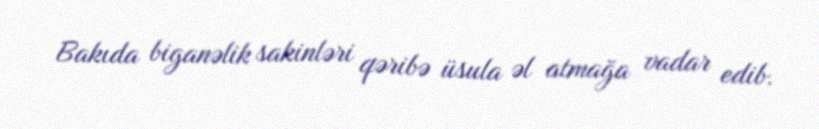
Bakıda biganəlik sakinləri qəribə üsula əl atmağa vadar edib.